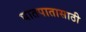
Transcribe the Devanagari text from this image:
घातपातासाठी